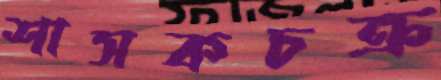
শাসকচক্র